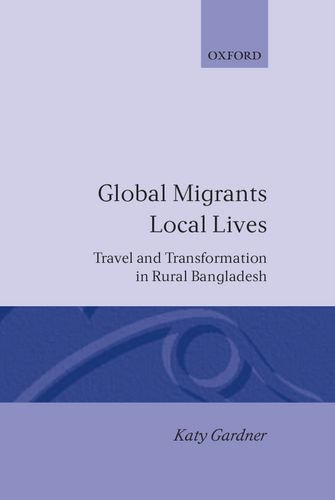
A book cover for Global Migrants, Local Lives: Travel and Transformation in Rural Bangladesh (Oxford Studies in Social and Cultural Anthropology); Katy Gardner; Travel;